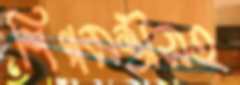
শিল্পমন্ত্রীসহ